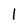
Character: l